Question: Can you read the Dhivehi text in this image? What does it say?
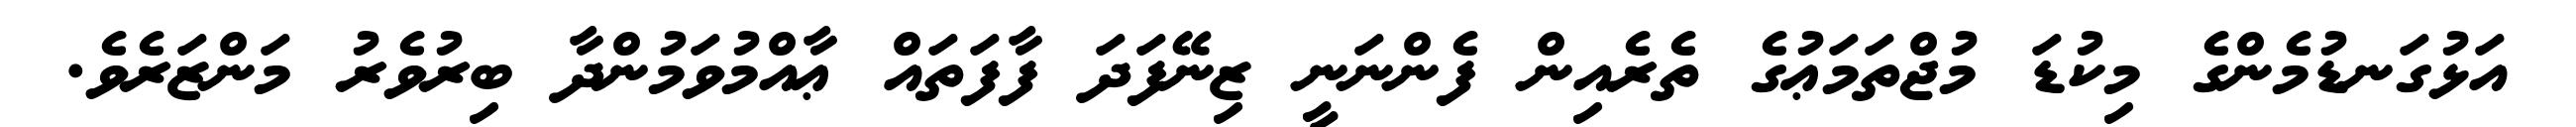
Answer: އަޅުގަނޑުމެންގެ މިކުޑަ މުޖްތަމަޢުގެ ތެރެއިން ފެންނަނީ ޒިނޭފަދަ ފާފަތައް ޢާއްމުވަމުންދާ ބިރުވެރު މަންޒަރެވެ.